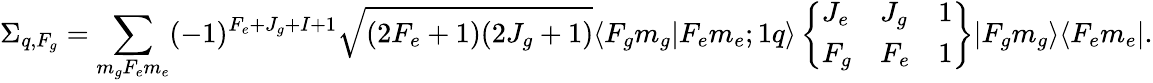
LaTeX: \Sigma_{q,F_{g}}=\sum_{m_{g}F_{e}m_{e}}(-1)^{F_{e}+J_{g}+I+1}\sqrt{(2F_{e}+1)(2J_{g}+1)}\langle F_{g}m_{g}|F_{e}m_{e};1q\rangle\left\{ \begin{array}{lll}{J_{e}}&{J_{g}}&{1}\\ {F_{g}}&{F_{e}}&{1}\end{array}\right\} |F_{g}m_{g}\rangle\langle F_{e}m_{e}|.